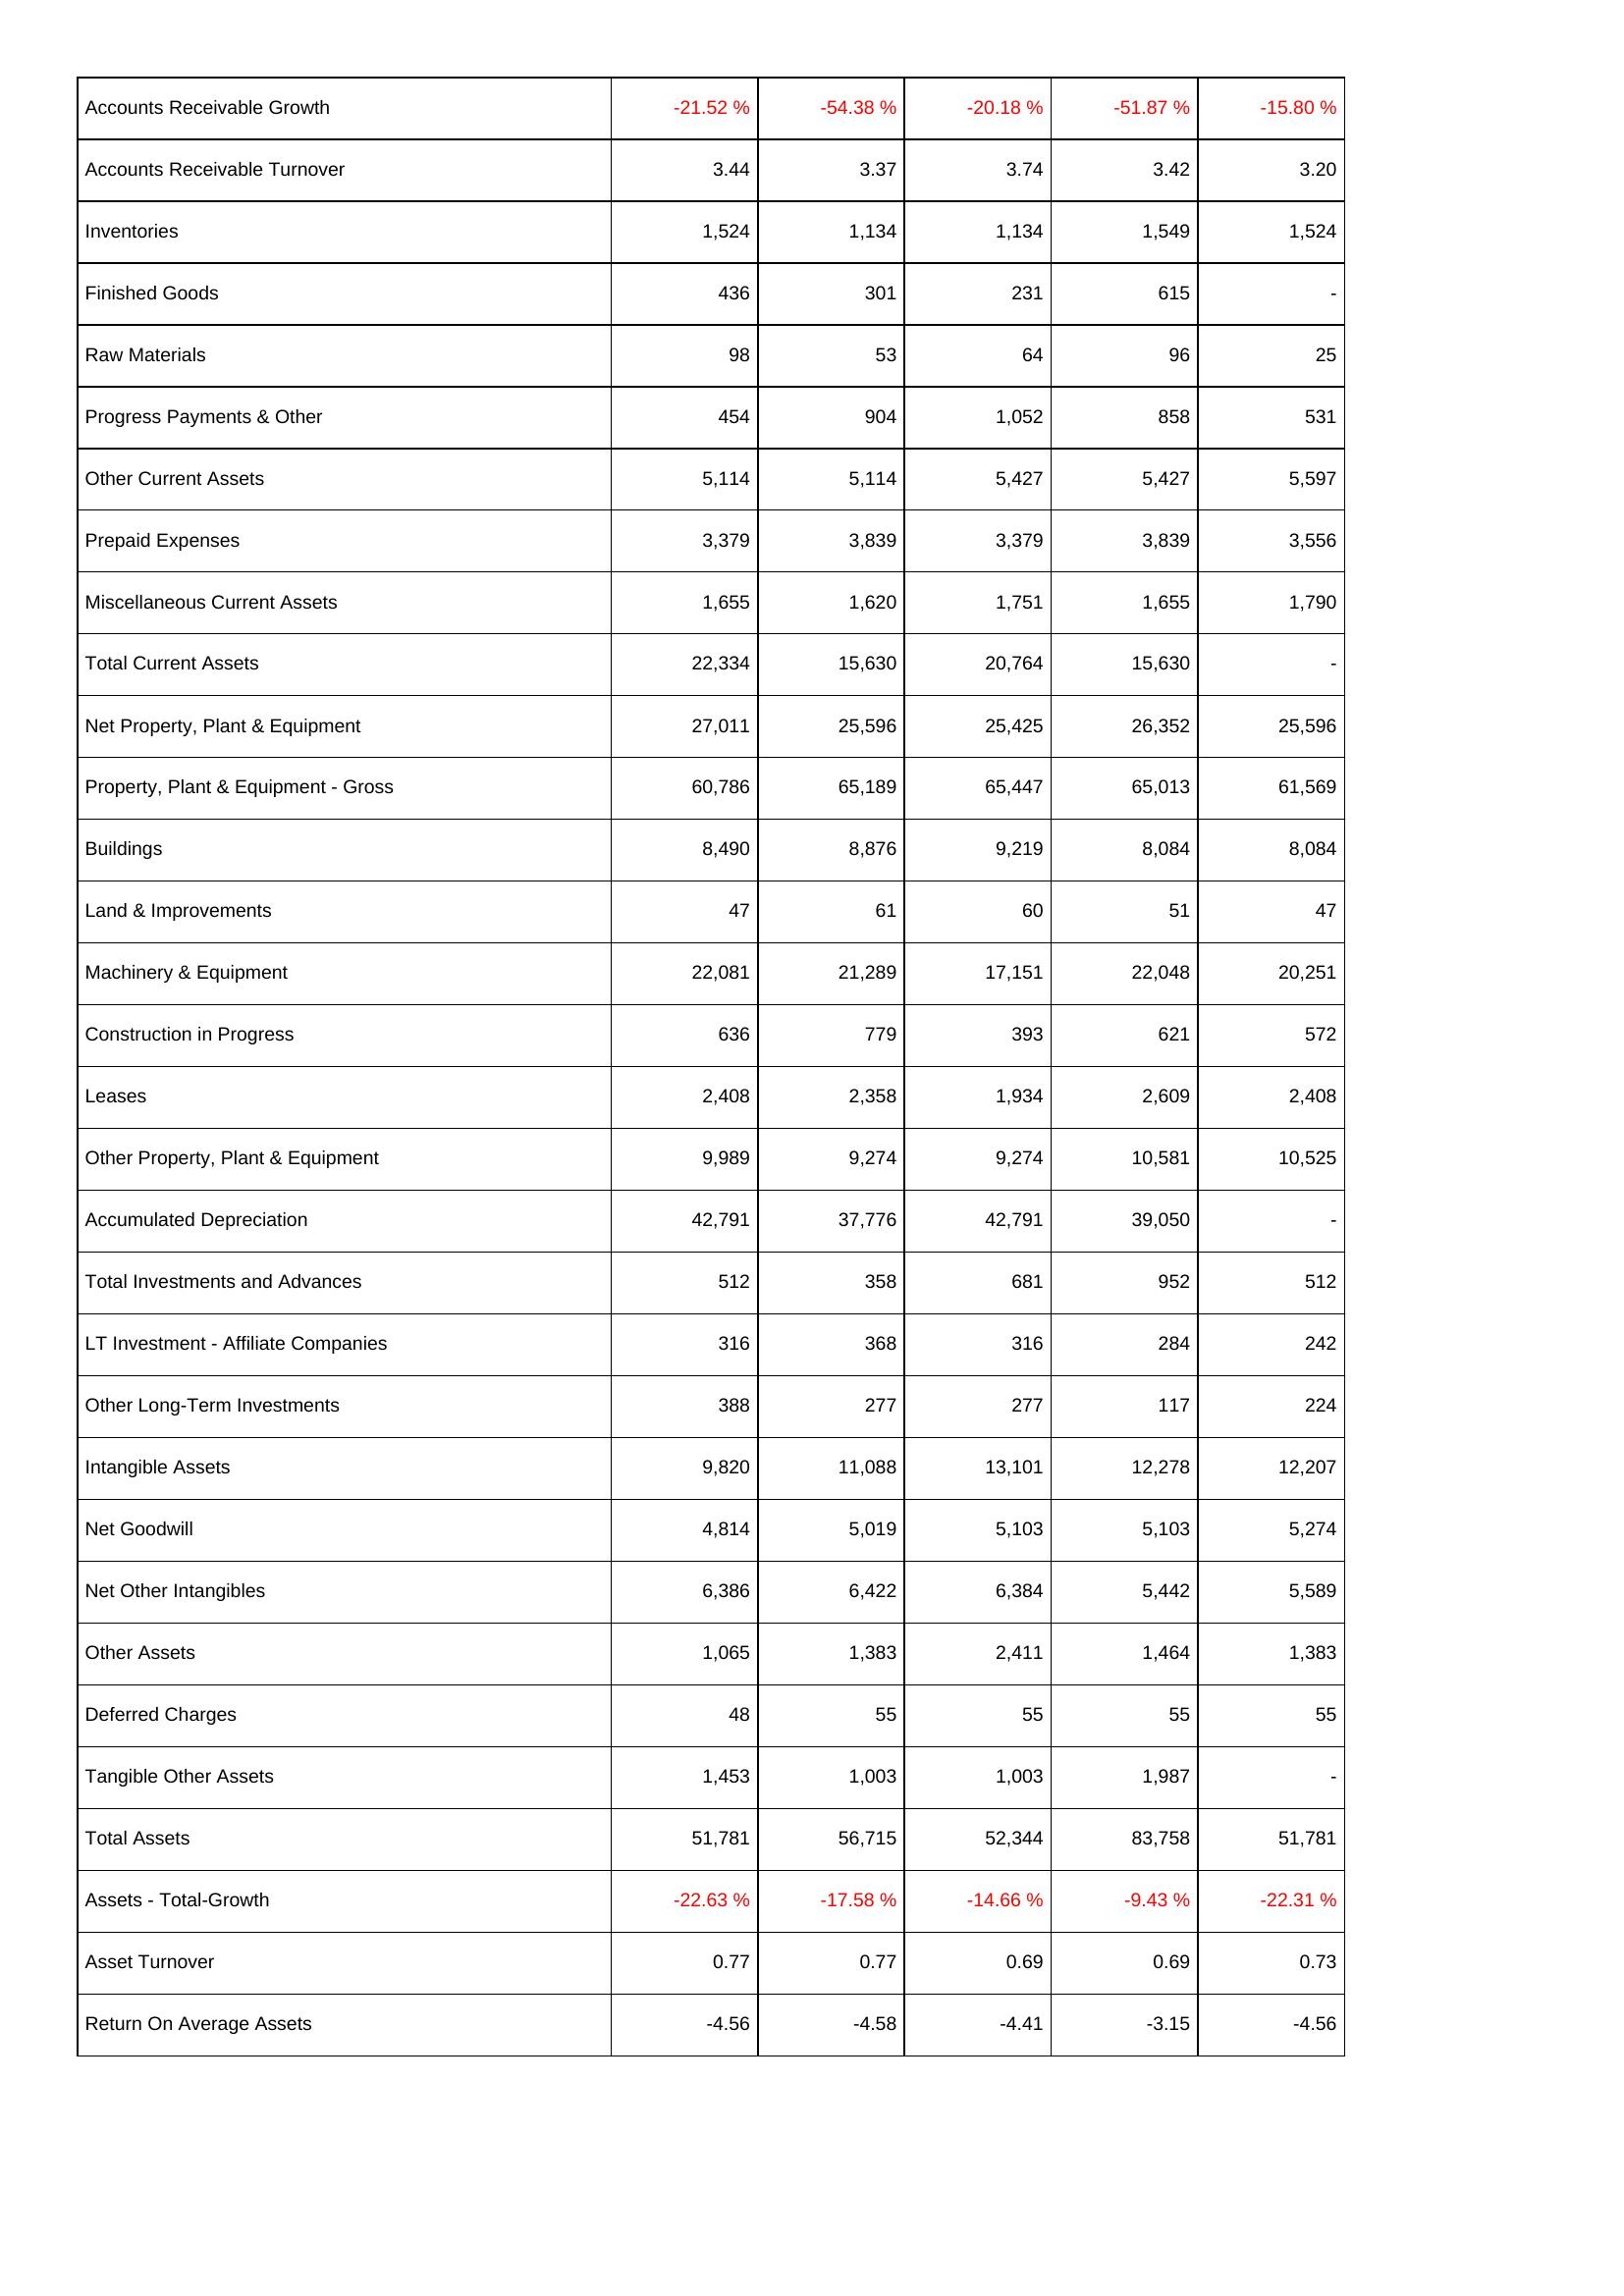
2011: Assets: Accounts Receivable Growth: -21.52 %
Accounts Receivable Turnover: 3.44
Inventories: 1,524
Finished Goods: 436
Raw Materials: 98
Progress Payments & Other: 454
Other Current Assets: 5,114
Prepaid Expenses: 3,379
Miscellaneous Current Assets: 1,655
Total Current Assets: 22,334
Net Property, Plant & Equipment: 27,011
Property, Plant & Equipment - Gross: 60,786
Buildings: 8,490
Land & Improvements: 47
Machinery & Equipment: 22,081
Construction in Progress: 636
Leases: 2,408
Other Property, Plant & Equipment: 9,989
Accumulated Depreciation: 42,791
Total Investments and Advances: 512
LT Investment - Affiliate Companies: 316
Other Long-Term Investments: 388
Intangible Assets: 9,820
Net Goodwill: 4,814
Net Other Intangibles: 6,386
Other Assets: 1,065
Deferred Charges: 48
Tangible Other Assets: 1,453
Total Assets: 51,781
Assets - Total-Growth: -22.63 %
Asset Turnover: 0.77
Return On Average Assets: -4.56
2010: Assets: Accounts Receivable Growth: -54.38 %
Accounts Receivable Turnover: 3.37
Inventories: 1,134
Finished Goods: 301
Raw Materials: 53
Progress Payments & Other: 904
Other Current Assets: 5,114
Prepaid Expenses: 3,839
Miscellaneous Current Assets: 1,620
Total Current Assets: 15,630
Net Property, Plant & Equipment: 25,596
Property, Plant & Equipment - Gross: 65,189
Buildings: 8,876
Land & Improvements: 61
Machinery & Equipment: 21,289
Construction in Progress: 779
Leases: 2,358
Other Property, Plant & Equipment: 9,274
Accumulated Depreciation: 37,776
Total Investments and Advances: 358
LT Investment - Affiliate Companies: 368
Other Long-Term Investments: 277
Intangible Assets: 11,088
Net Goodwill: 5,019
Net Other Intangibles: 6,422
Other Assets: 1,383
Deferred Charges: 55
Tangible Other Assets: 1,003
Total Assets: 56,715
Assets - Total-Growth: -17.58 %
Asset Turnover: 0.77
Return On Average Assets: -4.58
2009: Assets: Accounts Receivable Growth: -20.18 %
Accounts Receivable Turnover: 3.74
Inventories: 1,134
Finished Goods: 231
Raw Materials: 64
Progress Payments & Other: 1,052
Other Current Assets: 5,427
Prepaid Expenses: 3,379
Miscellaneous Current Assets: 1,751
Total Current Assets: 20,764
Net Property, Plant & Equipment: 25,425
Property, Plant & Equipment - Gross: 65,447
Buildings: 9,219
Land & Improvements: 60
Machinery & Equipment: 17,151
Construction in Progress: 393
Leases: 1,934
Other Property, Plant & Equipment: 9,274
Accumulated Depreciation: 42,791
Total Investments and Advances: 681
LT Investment - Affiliate Companies: 316
Other Long-Term Investments: 277
Intangible Assets: 13,101
Net Goodwill: 5,103
Net Other Intangibles: 6,384
Other Assets: 2,411
Deferred Charges: 55
Tangible Other Assets: 1,003
Total Assets: 52,344
Assets - Total-Growth: -14.66 %
Asset Turnover: 0.69
Return On Average Assets: -4.41
2008: Assets: Accounts Receivable Growth: -51.87 %
Accounts Receivable Turnover: 3.42
Inventories: 1,549
Finished Goods: 615
Raw Materials: 96
Progress Payments & Other: 858
Other Current Assets: 5,427
Prepaid Expenses: 3,839
Miscellaneous Current Assets: 1,655
Total Current Assets: 15,630
Net Property, Plant & Equipment: 26,352
Property, Plant & Equipment - Gross: 65,013
Buildings: 8,084
Land & Improvements: 51
Machinery & Equipment: 22,048
Construction in Progress: 621
Leases: 2,609
Other Property, Plant & Equipment: 10,581
Accumulated Depreciation: 39,050
Total Investments and Advances: 952
LT Investment - Affiliate Companies: 284
Other Long-Term Investments: 117
Intangible Assets: 12,278
Net Goodwill: 5,103
Net Other Intangibles: 5,442
Other Assets: 1,464
Deferred Charges: 55
Tangible Other Assets: 1,987
Total Assets: 83,758
Assets - Total-Growth: -9.43 %
Asset Turnover: 0.69
Return On Average Assets: -3.15
2007: Assets: Accounts Receivable Growth: -15.80 %
Accounts Receivable Turnover: 3.20
Inventories: 1,524
Finished Goods: -
Raw Materials: 25
Progress Payments & Other: 531
Other Current Assets: 5,597
Prepaid Expenses: 3,556
Miscellaneous Current Assets: 1,790
Total Current Assets: -
Net Property, Plant & Equipment: 25,596
Property, Plant & Equipment - Gross: 61,569
Buildings: 8,084
Land & Improvements: 47
Machinery & Equipment: 20,251
Construction in Progress: 572
Leases: 2,408
Other Property, Plant & Equipment: 10,525
Accumulated Depreciation: -
Total Investments and Advances: 512
LT Investment - Affiliate Companies: 242
Other Long-Term Investments: 224
Intangible Assets: 12,207
Net Goodwill: 5,274
Net Other Intangibles: 5,589
Other Assets: 1,383
Deferred Charges: 55
Tangible Other Assets: -
Total Assets: 51,781
Assets - Total-Growth: -22.31 %
Asset Turnover: 0.73
Return On Average Assets: -4.56